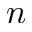
n